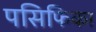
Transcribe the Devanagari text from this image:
पसिफिका